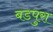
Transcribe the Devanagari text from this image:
बडपुरा